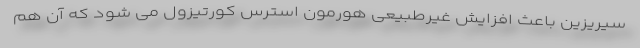
سیریزین باعث افزایش غیرطبیعی هورمون استرس کورتیزول می شود که آن هم